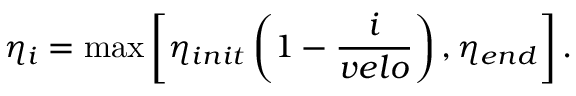
\eta _ { i } = \operatorname* { m a x } \left[ \eta _ { i n i t } \left( 1 - \frac { i } { v e l o } \right) , \eta _ { e n d } \right] .